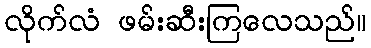
လိုက်လံ ဖမ်းဆီးကြလေသည်။